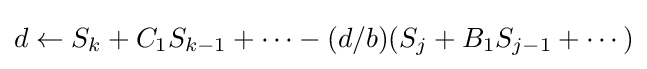
d\gets S_{k}+C_{1}S_{k-1}+\cdots -(d/b)(S_{j}+B_{1}S_{j-1}+\cdots )